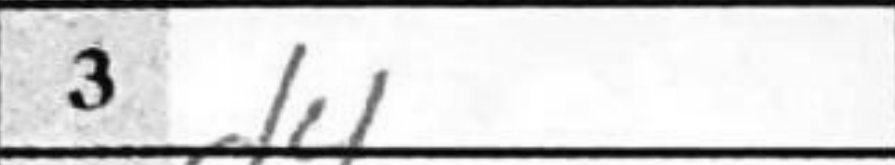
Transcription: d4